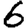
Digit: 6